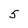
Character: 5